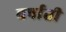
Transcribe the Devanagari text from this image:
वर्षाती